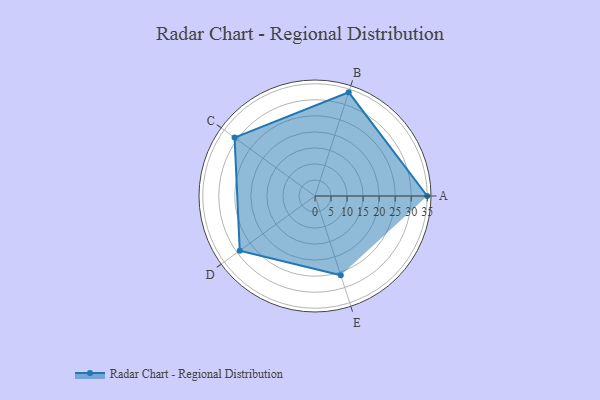
{"axis": {"x": "Skill", "y": "Score"}, "legend": ["Profile"], "data": [{"x": "A", "y": 35.0, "type": "Profile"}, {"x": "B", "y": 34.0, "type": "Profile"}, {"x": "C", "y": 31.0, "type": "Profile"}, {"x": "D", "y": 29.0, "type": "Profile"}, {"x": "E", "y": 26.0, "type": "Profile"}]}